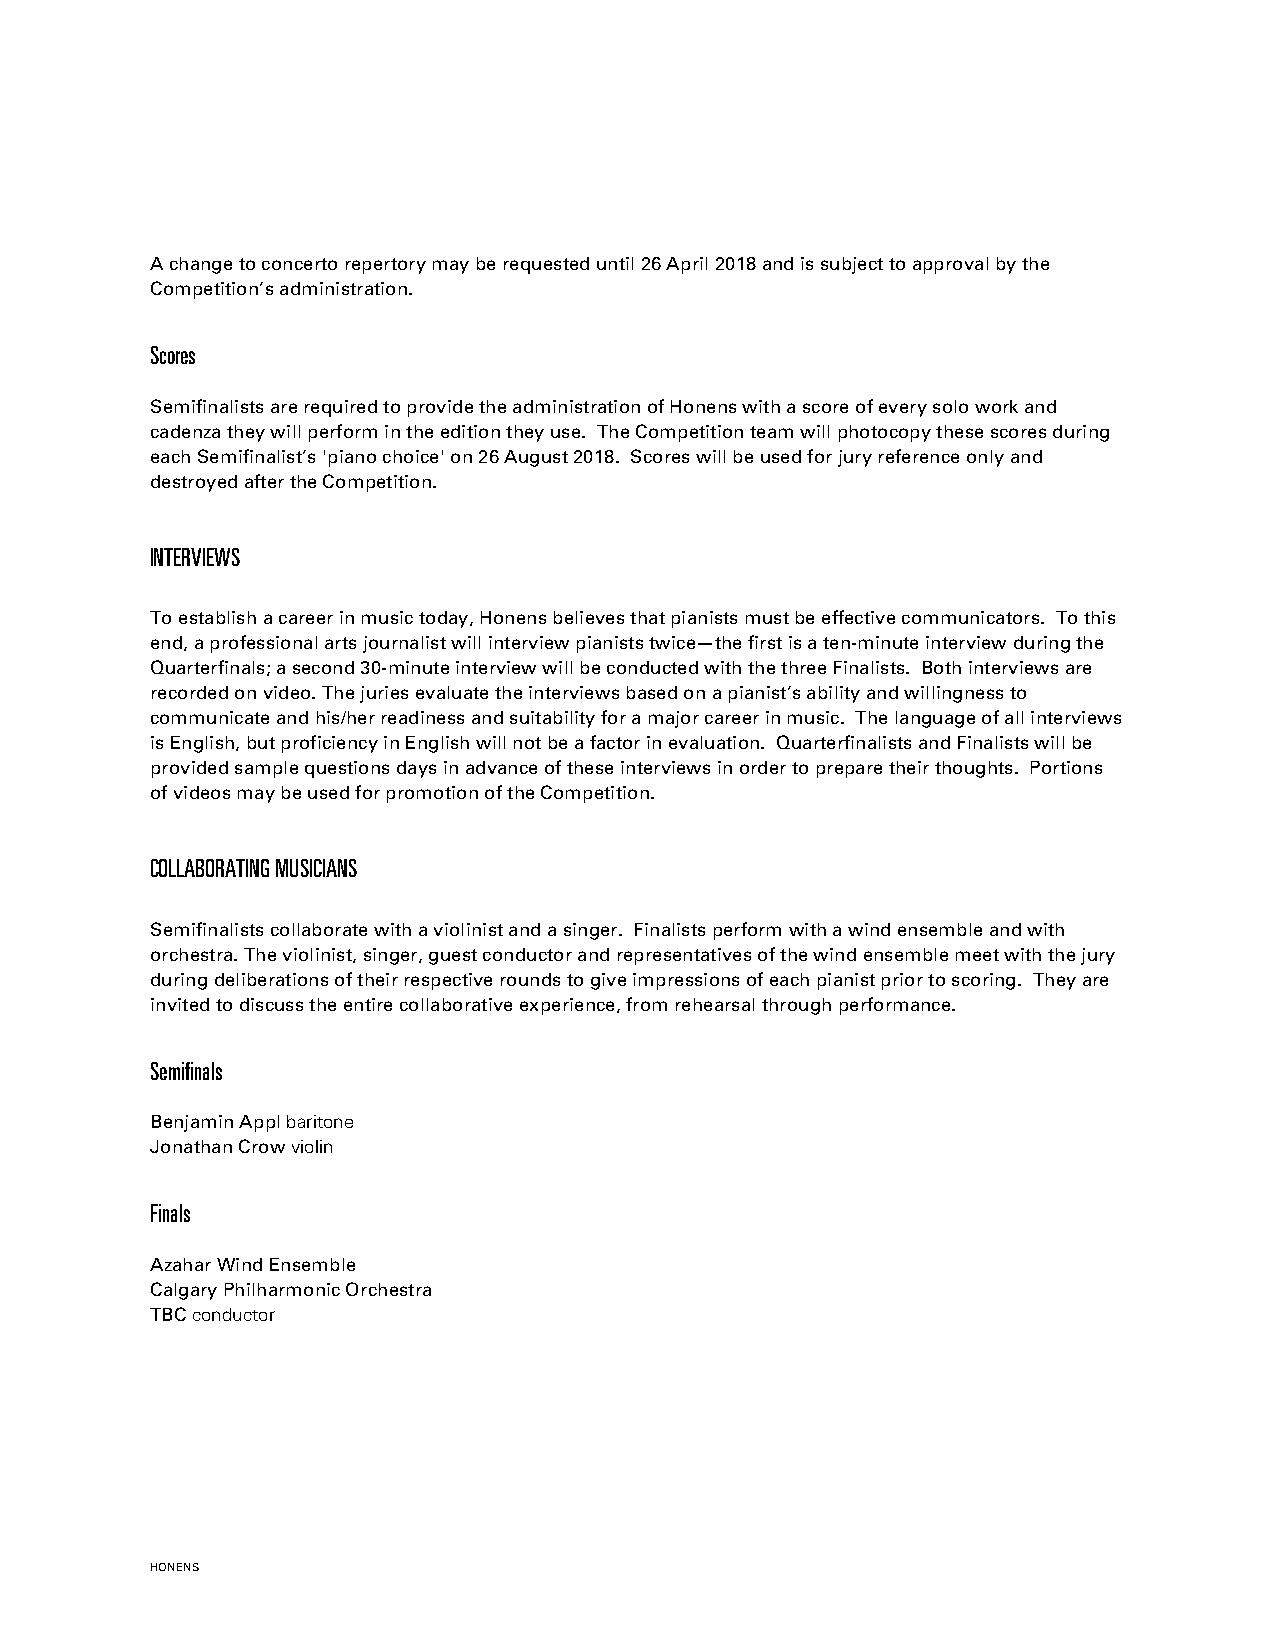
A change to concerto repertory may be requested until 26 April 2018 and is subject to approval by the
 Competition’s administration.
 Scores
 Semifinalists are required to provide the administration of Honens with a score of every solo work and
 cadenza they will perform in the edition they use. The Competition team will photocopy these scores during
 each Semifinalist’s 'piano choice' on 26 August 2018. Scores will be used for jury reference only and
 destroyed after the Competition.
 INTERVIEWS
 To establish a career in music today, Honens believes that pianists must be effective communicators. To this
 end, a professional arts journalist will interview pianists twice—the first is a ten-minute interview during the
 Quarterfinals; a second 30-minute interview will be conducted with the three Finalists. Both interviews are
 recorded on video. The juries evaluate the interviews based on a pianist’s ability and willingness to
 communicate and his/her readiness and suitability for a major career in music. The language of all interviews
 is English, but proficiency in English will not be a factor in evaluation. Quarterfinalists and Finalists will be
 provided sample questions days in advance of these interviews in order to prepare their thoughts. Portions
 of videos may be used for promotion of the Competition.
 COLLABORATING MUSICIANS
 Semifinalists collaborate with a violinist and a singer. Finalists perform with a wind ensemble and with
 orchestra. The violinist, singer, guest conductor and representatives of the wind ensemble meet with the jury
 during deliberations of their respective rounds to give impressions of each pianist prior to scoring. They are
 invited to discuss the entire collaborative experience, from rehearsal through performance.
 Semifinals
 Benjamin Appl baritone
 Jonathan Crow violin
 Finals
 Azahar Wind Ensemble
 Calgary Philharmonic Orchestra
 TBC conductor
 HONENS